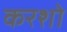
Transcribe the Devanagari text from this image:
करशो